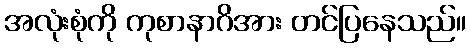
အလုံးစုံကို ကုစာနာဂိအား တင်ပြနေသည်။